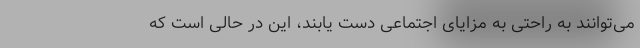
می‌توانند به راحتی به مزایای اجتماعی دست یابند، این در حالی است که